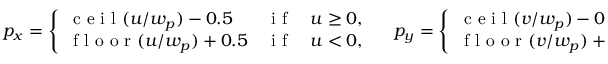
p _ { x } = \left\{ \begin{array} { l l } { \mathrm { ~ c ~ e ~ i ~ l ~ } ( u / w _ { p } ) - 0 . 5 } & { \mathrm { ~ i ~ f ~ } \quad u \geq 0 , } \\ { \mathrm { ~ f ~ l ~ o ~ o ~ r ~ } ( u / w _ { p } ) + 0 . 5 } & { \mathrm { ~ i ~ f ~ } \quad u < 0 , } \end{array} \right. \quad p _ { y } = \left\{ \begin{array} { l l } { \mathrm { ~ c ~ e ~ i ~ l ~ } ( v / w _ { p } ) - 0 . 5 } & { \mathrm { ~ i ~ f ~ } \quad v \geq 0 , } \\ { \mathrm { ~ f ~ l ~ o ~ o ~ r ~ } ( v / w _ { p } ) + 0 . 5 } & { \mathrm { ~ i ~ f ~ } \quad v < 0 . } \end{array} \right.